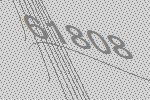
61808